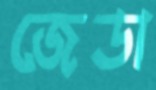
জেডা